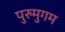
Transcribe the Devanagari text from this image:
पुरुमुगम